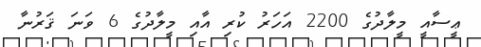
ޢީސާއީ މީލާދުގެ 2200 އަހަރު ކުރި އާއި މީލާދުގެ 6 ވަނަ ޤަރުނާ